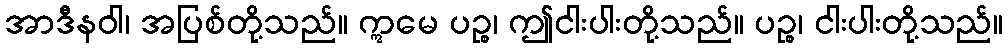
အာဒီနဝါ၊ အပြစ်တို့သည်။ ဣမေ ပဉ္စ၊ ဤငါးပါးတို့သည်။ ပဉ္စ၊ ငါးပါးတို့သည်။